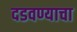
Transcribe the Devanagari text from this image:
दडवण्याचा